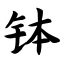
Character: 钵